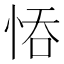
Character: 𢚺